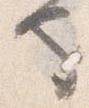
也